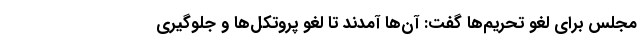
مجلس برای لغو تحریم‌ها گفت: آن‌ها آمدند تا لغو پروتکل‌ها و جلوگیری